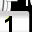
Digit: 1